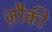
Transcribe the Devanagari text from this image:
ज़ौकी